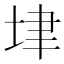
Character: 垏